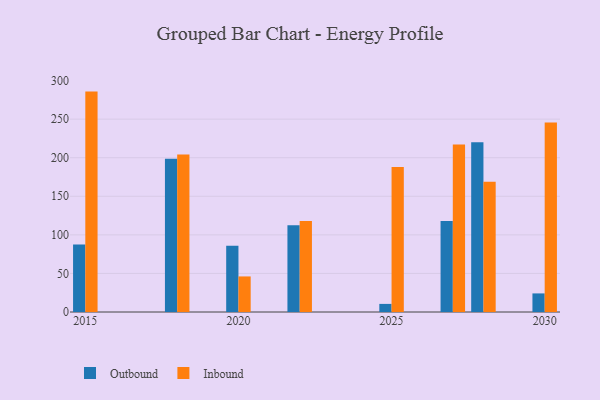
{"axis": {"x": "Year", "y": "Conversion Rate (%)"}, "legend": ["Inbound", "Outbound"], "data": [{"x": "2022", "y": 112.6, "type": "Outbound"}, {"x": "2022", "y": 117.9, "type": "Inbound"}, {"x": "2030", "y": 24.1, "type": "Outbound"}, {"x": "2030", "y": 245.6, "type": "Inbound"}, {"x": "2020", "y": 86.0, "type": "Outbound"}, {"x": "2020", "y": 46.1, "type": "Inbound"}, {"x": "2027", "y": 117.9, "type": "Outbound"}, {"x": "2027", "y": 217.0, "type": "Inbound"}, {"x": "2015", "y": 87.5, "type": "Outbound"}, {"x": "2015", "y": 285.7, "type": "Inbound"}, {"x": "2018", "y": 198.5, "type": "Outbound"}, {"x": "2018", "y": 204.3, "type": "Inbound"}, {"x": "2025", "y": 10.5, "type": "Outbound"}, {"x": "2025", "y": 188.0, "type": "Inbound"}, {"x": "2028", "y": 220.0, "type": "Outbound"}, {"x": "2028", "y": 169.0, "type": "Inbound"}]}